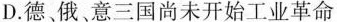
D.德、俄意三国尚未开始工业革命